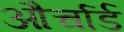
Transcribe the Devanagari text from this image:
और्चार्ड